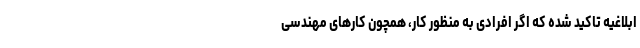
ابلاغیه تاکید شده که اگر افرادی به منظور کار، همچون کارهای مهندسی